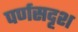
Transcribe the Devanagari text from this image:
पर्णसदृश